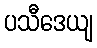
ပသီဒေယျ